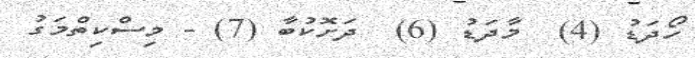
ހޯދަޑު (4)  މާދަޑު (6)  ދަށޮކުބާ (7) - މިސްކިތްމަގު